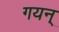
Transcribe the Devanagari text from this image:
गयन्